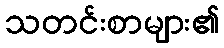
သတင်းစာများ၏